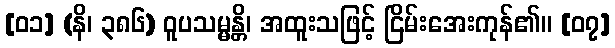
[၀၁] (နိ၊ ၃၈၆) ဝူပသမ္မန္တိ၊ အထူးသဖြင့် ငြိမ်းအေးကုန်၏။ [၀၇]